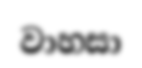
වාහසා